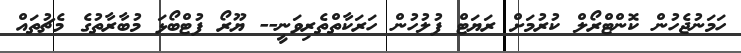
ހަމަނުޖެހުން ކޮންޓްރޯލް ކުރުމަށް ރަޔަޓް ފުލުހުން ހަރަކާތްތެރިވަނީ-- ޔޫރޯ ފުޓްބޯޅަ މުބާރާތުގެ މެޗުތައް